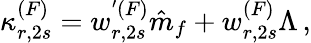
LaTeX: \kappa_{r,2s}^{(F)}=w_{r,2s}^{'(F)}\hat{m}_{f}+w_{r,2s}^{(F)}\Lambda\, ,